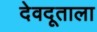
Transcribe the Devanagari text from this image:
देवदूताला